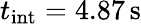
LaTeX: t_{\mathrm{int}}=4.87\, \mathrm s